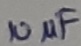
Text: 10µF